system: You are a helpful assistant.
user:
Analyze the provided spectrum to determine if it is a **"Cataclysmic Variables (CV)"**.

- **Key Indicators for CV (Check for either state):**
    - **State 1: Quiescent / Low-State (Emission-Dominated)**
        - **(Primary):** Strong and *very broad* Hydrogen Balmer emission lines (e.g., $H\alpha$ at 6563 Å, $H\beta$ at 4861 Å). The 'broadness' (high velocity dispersion, often FWHM > 1000 km/s) is the key diagnostic, indicating a high-velocity accretion disk.
        - **(Secondary):** Broad neutral Helium (He I) emission lines (e.g., 5876 Å, 6678 Å).
        - **(Key Confirmation):** Presence of high-excitation *ionized* Helium (He II) emission at 4686 Å. This is a strong indicator of accretion onto a white dwarf.
        - **(Line Profile):** Emission lines may exhibit a 'double-peaked' profile, which is a classic signature of a rotating accretion disk viewed at high inclination.

    - **State 2: Outburst / High-State (Absorption-Dominated)**
        - **(Primary):** Spectrum is dominated by a bright, blue continuum (looks like a hot star).
        - **(Secondary):** The emission lines from State 1 are weak, absent, or 'filled in', and are replaced by broad, shallow *absorption* lines (primarily Balmer and He I).
        - **(Morphology):** The overall spectrum mimics a hot B/A-type star. The crucial difference is that the absorption lines are significantly broader, shallower, and more 'washed-out' (or 'smeared') than the sharp lines of a normal stellar photosphere, due to high rotational speeds and pressure broadening in the disk.

Think first, call **spectral_visualization_tool** if needed to examine features in detail, then provide your final answer. Your response must adhere to the following strict rules:
1.  **Overall Structure:** Your response must follow the format `<think>...</think> <tool_call>...</tool_call> (if a tool is used) <answer>...</answer>`.
2.  **Tool Usage Constraint:** You may only make **one** tool call per turn.
3.  **Final Answer Format:** In the `<answer>` tag, your conclusion must be inside a `\boxed{}` command (e.g., `\boxed{YES}`), followed by your justification.

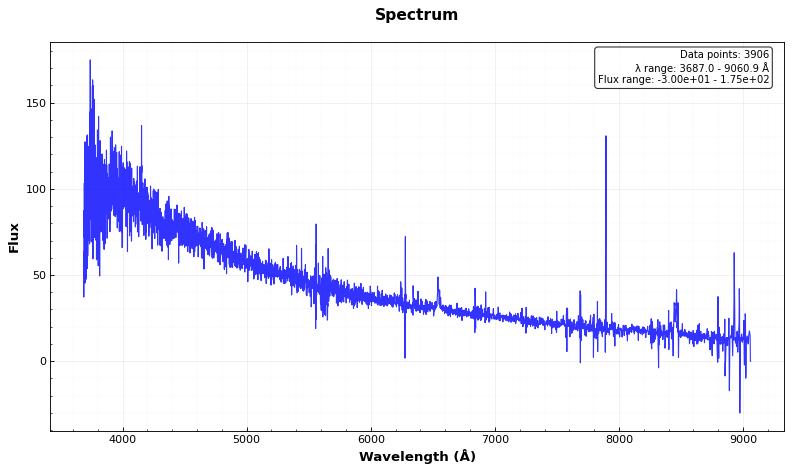
Answer: YES